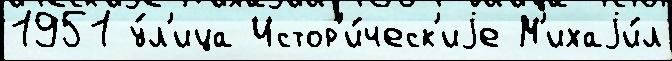
1951 у́л'ица Истор'и́ческ'иjе М'ихаjи́л